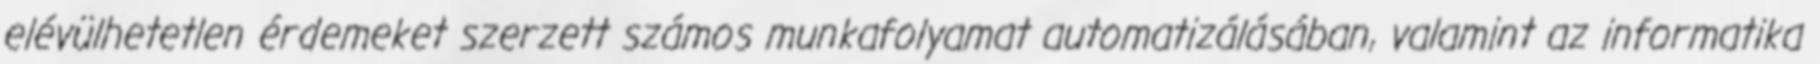
elévülhetetlen érdemeket szerzett számos munkafolyamat automatizálásában, valamint az informatika